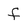
Character: f